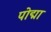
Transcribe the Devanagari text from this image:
पोद्मा